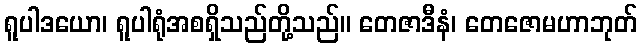
ရူပါဒယော၊ ရူပါရုံအစရှိသည်တို့သည်။ တေဇာဒီနံ၊ တေဇောမဟာဘုတ်